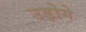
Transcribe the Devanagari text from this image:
उड़ोगे